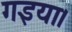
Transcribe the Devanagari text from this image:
गइया।